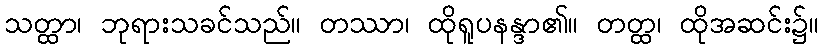
သတ္ထာ၊ ဘုရားသခင်သည်။ တဿာ၊ ထိုရူပနန္ဒာ၏။ တတ္ထ၊ ထိုအဆင်း၌။